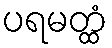
ပရမတ္ထံ